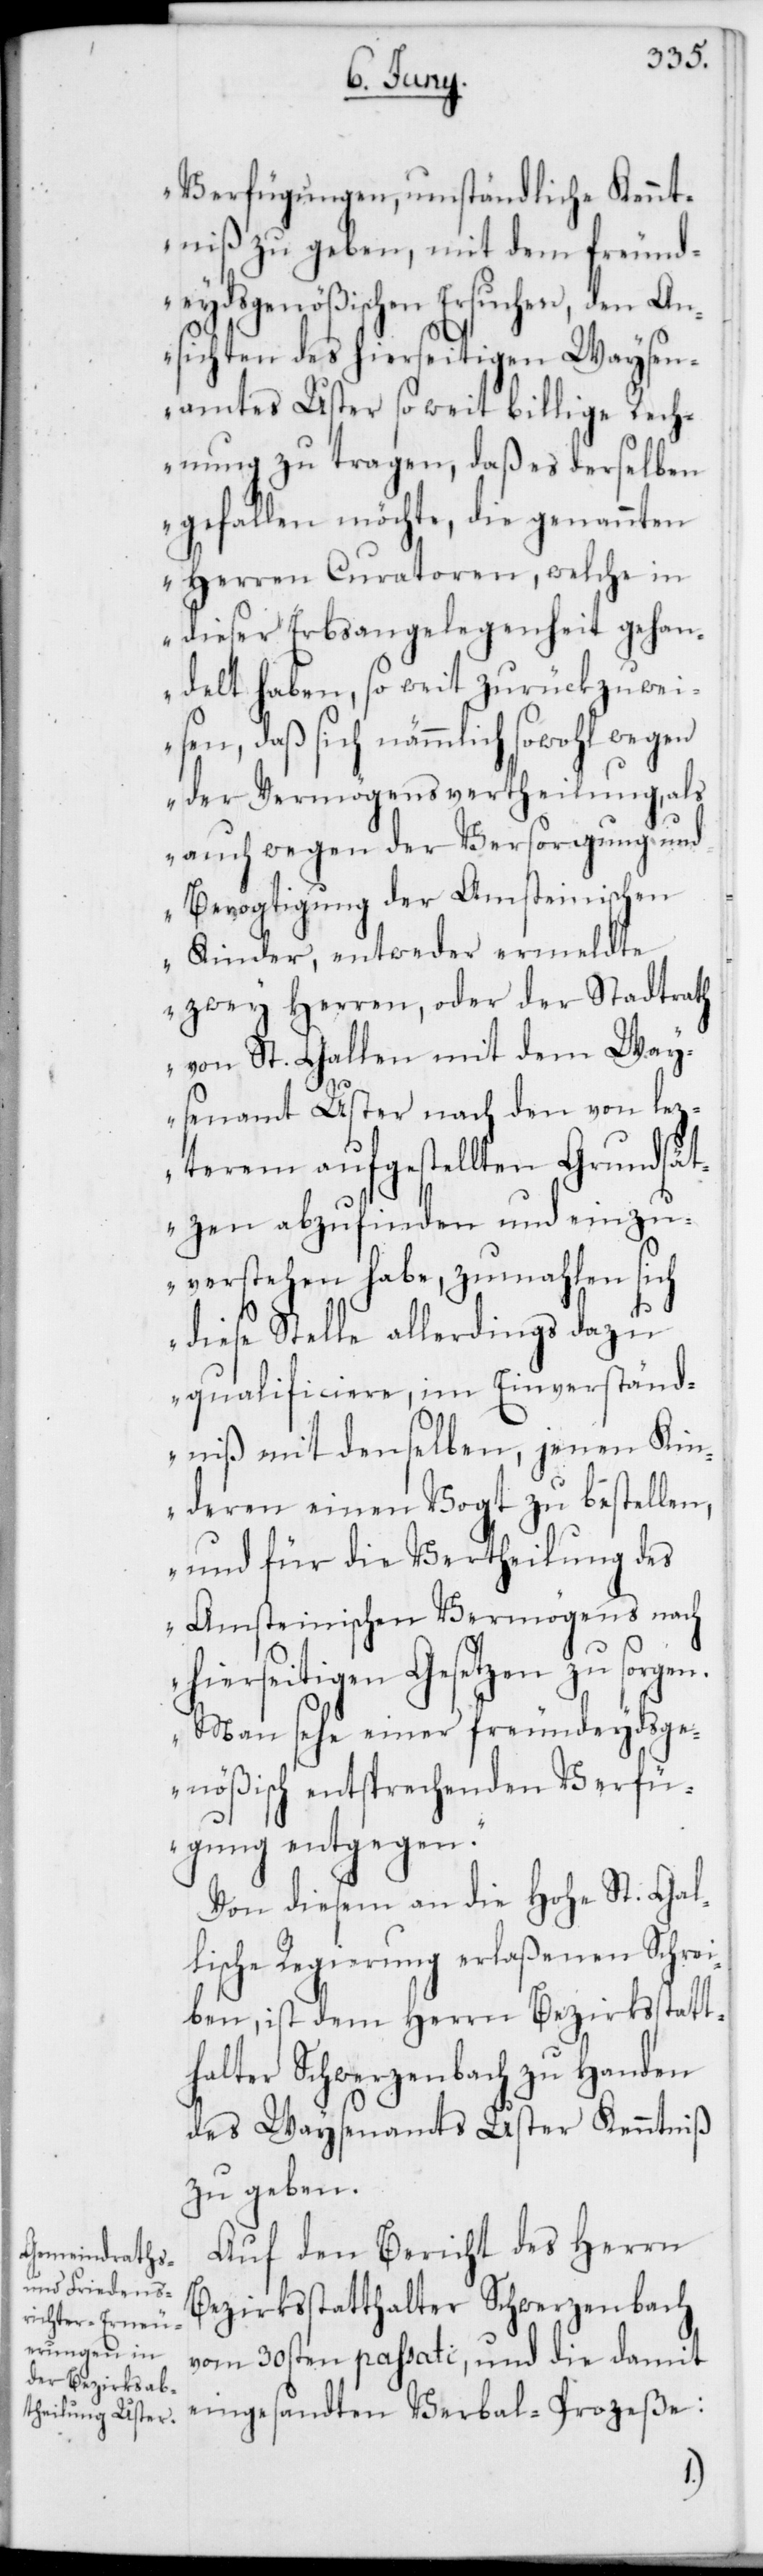
Verfügungen, umständliche Kennt¬
niß zu geben, mit dem freund¬
eydsgenößischen Ersuchen, den An¬
sichten des hierseitigen Waysen¬
amtes Uster so weit billige Rech¬
nung zu tragen, daß es derselben
gefallen möchte, die genannten
Herren Curatoren, welche in
dieser Erbsangelegenheit gehan¬
delt haben, so weit zurückzuwei¬
sen, daß sich nämmlich sowohl wegen
der Vermögensvertheilung, als
auch wegen der Versorgung und
Bevogtigung der Amsteinischen
Kinder, entweder ermeldte
zwey Herren oder der Stadtrath
von St. Gallen mit dem Way¬
senamt Uster nach den von lez¬
terem aufgestellten Grundsät¬
zen abzufinden und einzu¬
verstehen habe, zumahlen sich
diese Stelle allerdings dazu
qualificiere, im Einverständ¬
niß mit denselben, jenen Kin¬
deren einen Vogt zu bestellen,
und für die Vertheilung des
Amsteinischen Vermögens nach
hierseitigen Gesetzen zu sorge¬
Man sehe einer freundeydsge¬
nößisch entsprechenden Verfü¬
gung entgegen.“
Von diesem an die Hohe St. Gal¬
lische Regierung erlaßenen Schrei¬
ben, ist dem Herrn Bezirksstatt¬
halter Schwerzenbach zu Handen
des Waysenamts Uster Kenntniß
zu geben.
Auf den Bericht des Herrn
Bezirksstatthalter Schwerzenbach
vom 30sten passati, und die damit
eingesandten Verbal-Prozeße:
n.